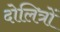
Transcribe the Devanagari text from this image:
दोलित्रों